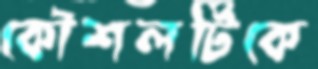
কৌশলটিকে